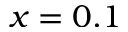
x = 0 . 1